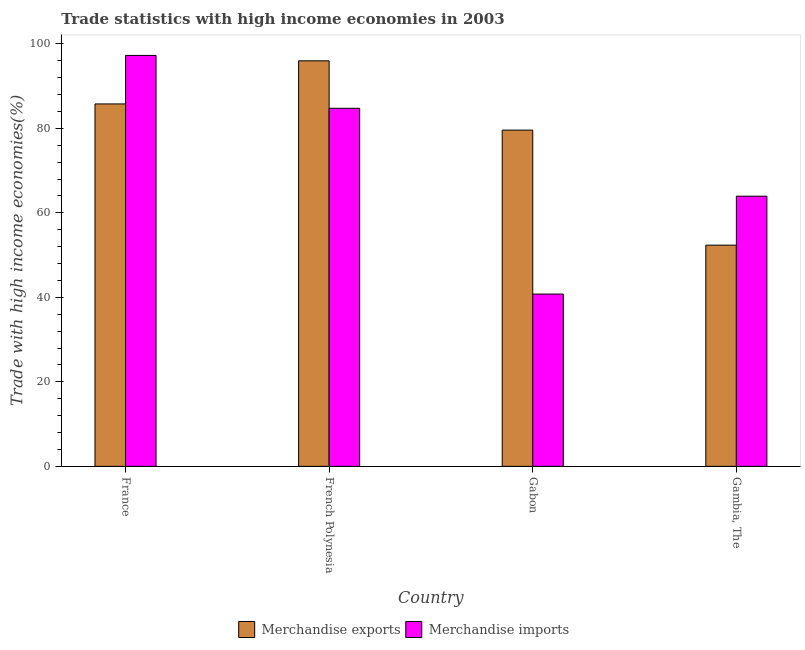
| Country | Merchandise exports | Merchandise imports |
 | --- | --- | --- |
 | France | 85.8 | 97.3 |
 | French Polynesia | 96 | 84.7 |
 | Gabon | 79.6 | 40.8 |
 | Gambia, The | 52.4 | 63.9 |